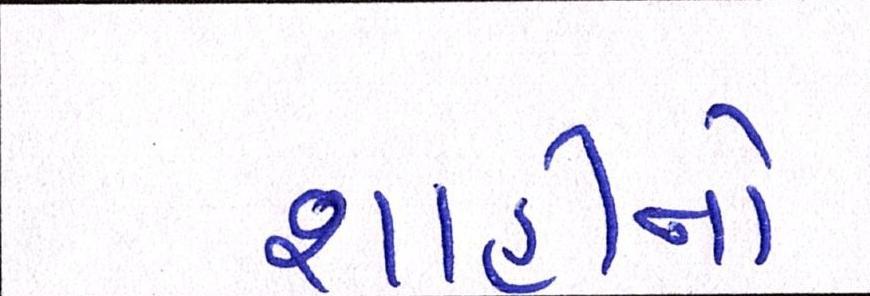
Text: શાહીનો